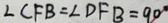
\angle C F B = \angle D F B = 9 0 ^ { \circ }